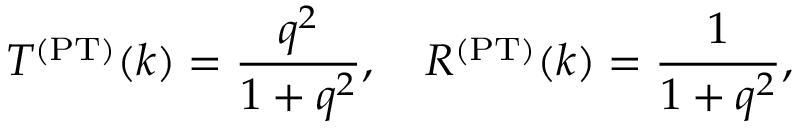
T ^ { \mathrm { ( P T ) } } ( k ) = \frac { q ^ { 2 } } { 1 + q ^ { 2 } } , \quad R ^ { \mathrm { ( P T ) } } ( k ) = \frac { 1 } { 1 + q ^ { 2 } } ,